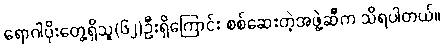
ရောဂါပိုးတွေ့ရှိသူ(၆၂)ဦးရှိကြောင်း စစ်ဆေးတဲ့အဖွဲ့ဆီက သိရပါတယ်။